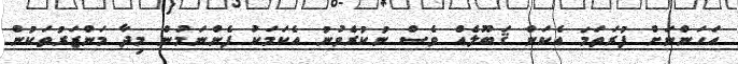
އަހަންނަށް ފުރަތަމަ އެކަން ޤަބޫލެއް ވެސް ނުކުރެވުނު އެކަމަކު ފެންނަމުން މިދާ މަންޒަރުތަކުން